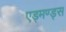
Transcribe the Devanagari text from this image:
एड्मण्ड्स